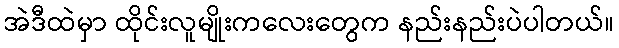
အဲဒီထဲမှာ ထိုင်းလူမျိုးကလေးတွေက နည်းနည်းပဲပါတယ်။